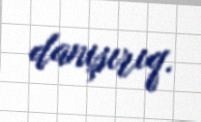
danışırıq.